Report of the Indian Hemp Drugs Commission, 1894-1895 - Volume I
Year: 1894
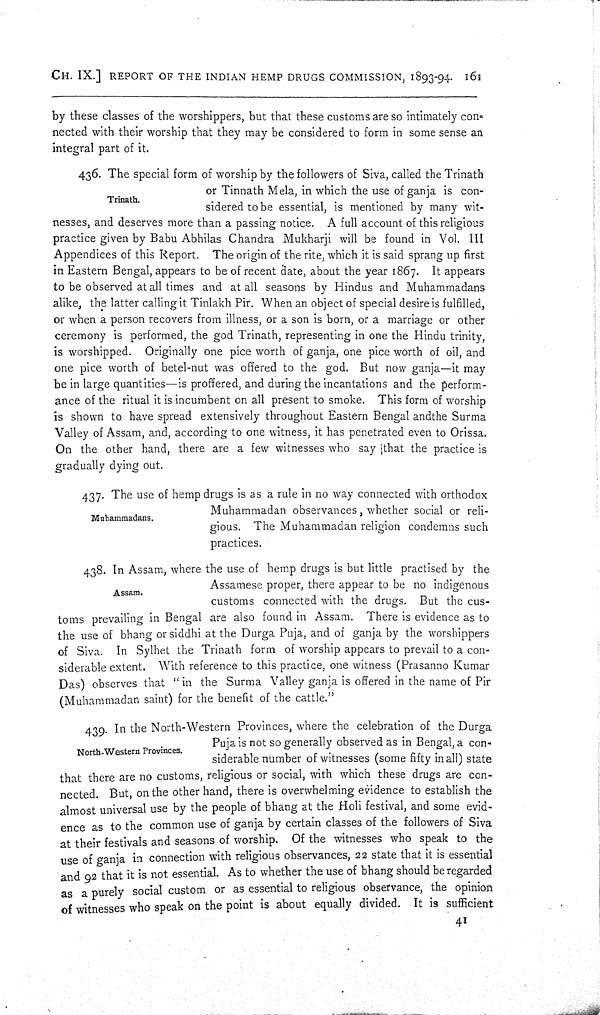
CH. IX.] REPORT OF THE INDIAN HEMP DRUGS COMMISSION, 1893-94. 161
by these classes of the worshippers, but that these customs are so intimately con-
nected with their worship that they may be considered to form in some sense an
integral part of it.
Trinath.
436. The special form of worship by the followers of Siva, called the Trinath
or Tinnath Mela, in which the use of ganja is con-
sidered to be essential, is mentioned by many wit-
nesses, and deserves more than a passing notice. A full account of this religious
practice given by Babu Abhilas Chandra Mukharji will be found in Vol. III
Appendices of this Report. The origin of the rite, which it is said sprang up first
in Eastern Bengal, appears to be of recent date, about the year 1867. It appears
to be observed at all times and at all seasons by Hindus and Muhammadans
alike, the latter calling it Tinlakh Pir. When an object of special desire is fulfilled,
or when a person recovers from illness, or a son is born, or a marriage or other
ceremony is performed, the god Trinath, representing in one the Hindu trinity,
is worshipped. Originally one pice worth of ganja, one pice worth of oil, and
one pice worth of betel-nut was offered to the god. But now ganja—it may
be in large quantities—is proffered, and during the incantations and the perform-
ance of the ritual it is incumbent on all present to smoke. This form of worship
is shown to have spread extensively throughout Eastern Bengal and the Surma
Valley of Assam, and, according to one witness, it has penetrated even to Orissa.
On the other hand, there are a few witnesses who say [that the practice is
gradually dying out.
Muhammadans.
437. The use of hemp drugs is as a rule in no way connected with orthodox
Muhammadan observances, whether social or reli-
gious. The Muhammadan religion condemns such
practices.
Assam.
438. In Assam, where the use of hemp drugs is but little practised by the
Assamese proper, there appear to be no indigenous
customs connected with the drugs. But the cus-
toms prevailing in Bengal are also found in Assam. There is evidence as to
the use of bhang or siddhi at the Durga Puja, and of ganja by the worshippers
of Siva. In Sylhet the Trinath form of worship appears to prevail to a con-
siderable extent. With reference to this practice, one witness (Prasanno Kumar
Das) observes that " in the Surma Valley ganja is offered in the name of Pir
(Muhammadan saint) for the benefit of the cattle."
North-Western Provinces.
439. In the North-Western Provinces, where the celebration of the Durga
Puja is not so generally observed as in Bengal, a con-
siderable number of witnesses (some fifty in all) state
that there are no customs, religious or social, with which these drugs are con-
nected. But, on the other hand, there is overwhelming evidence to establish the
almost universal use by the people of bhang at the Holi festival, and some evid-
ence as to the common use of ganja by certain classes of the followers of Siva
at their festivals and seasons of worship. Of the witnesses who speak to the
use of ganja in connection with religious observances, 22 state that it is essential
and 92 that it is not essential. As to whether the use of bhang should be regarded
as a purely social custom or as essential to religious observance, the opinion
of witnesses who speak on the point is about equally divided. It is sufficient
41